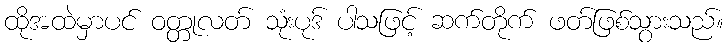
ထိုအထဲမှာပင် ဝတ္တုလတ် သုံးပုဒ် ပါသဖြင့် ဆက်တိုက် ဖတ်ဖြစ်သွားသည်။